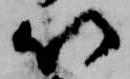
以